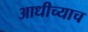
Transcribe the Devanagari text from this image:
आधीच्याच